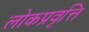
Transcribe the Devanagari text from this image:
लोकप्रवृत्ति